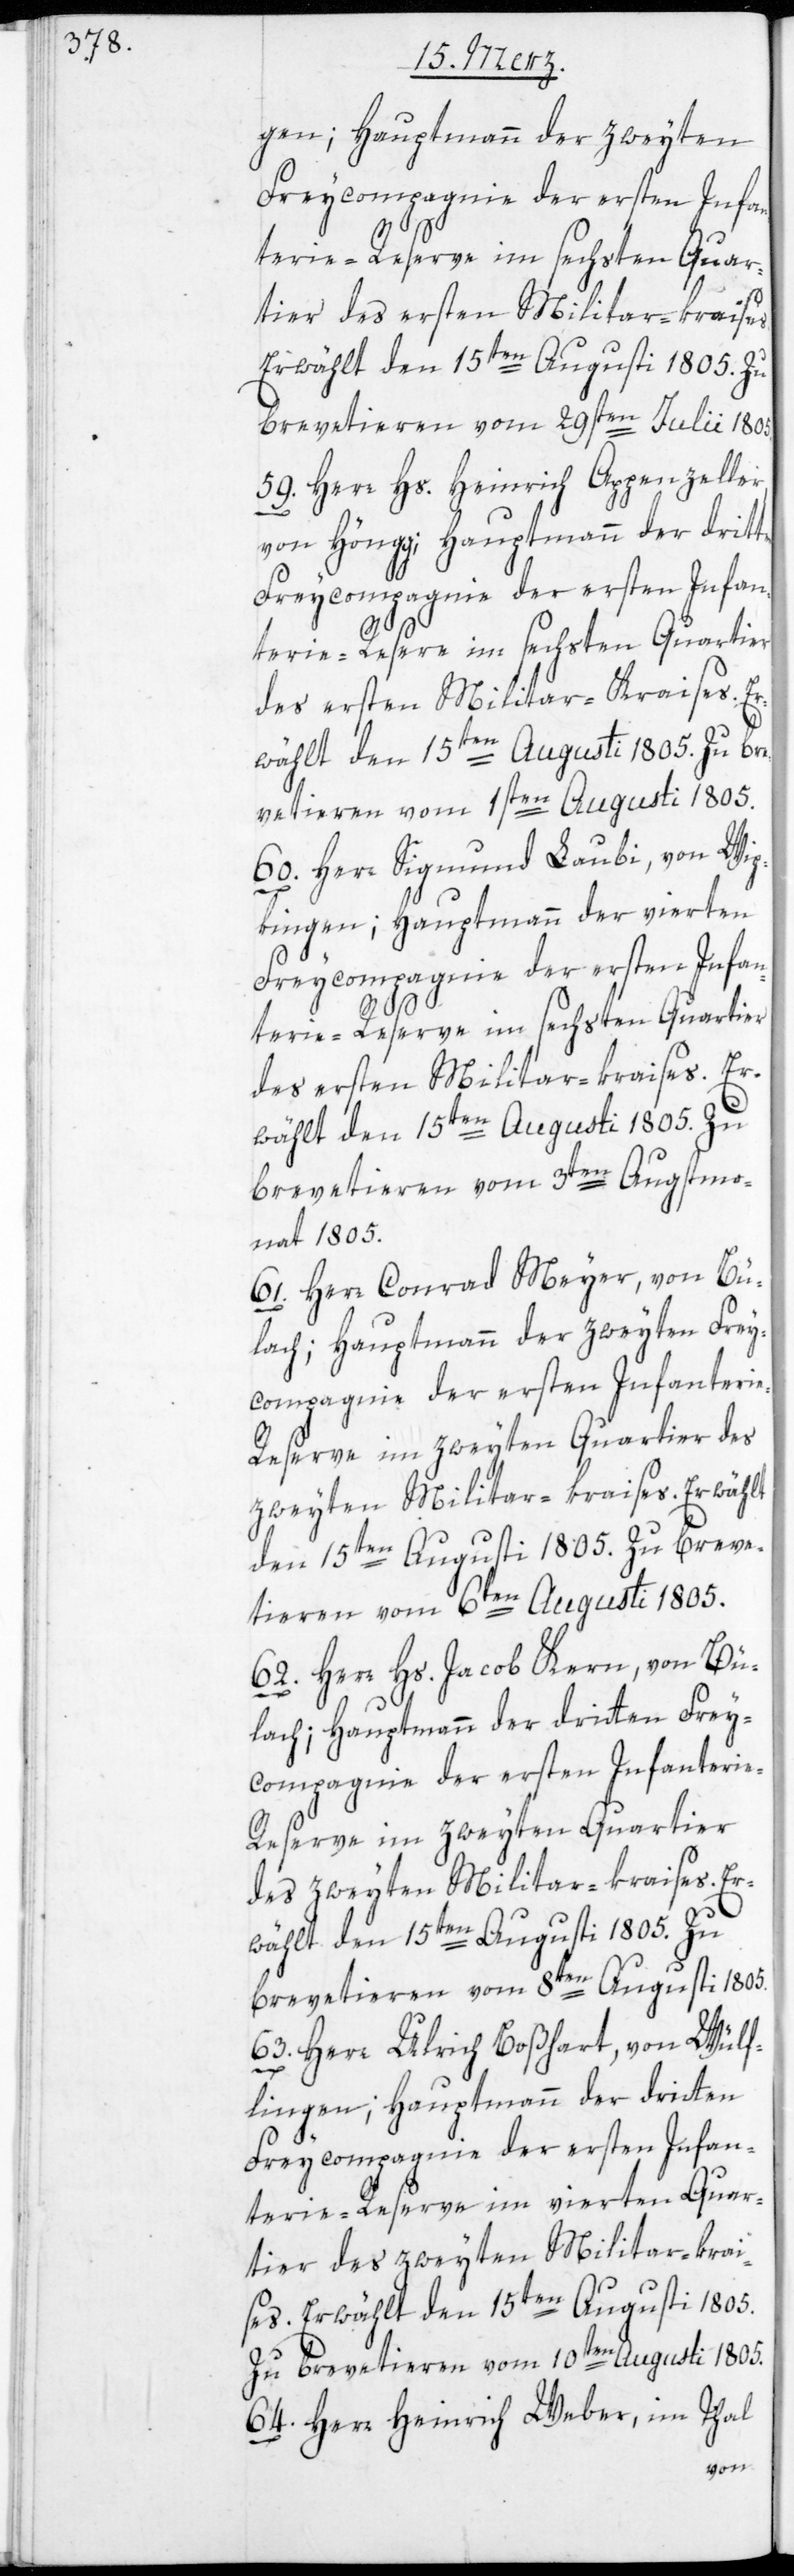
gen; Hauptmann der zweyten
Freycompagnie der ersten Infan¬
terie-Reserve im sechsten Quar¬
tier des ersten Militar-kraises.
Erwählt den 15ten Augusti 1805. Zu
brevetieren vom 29sten Julii 1805.
59. Herr Hs. Heinrich Appenzeller,
von Höngg; Hauptmann der dritt¬
60. Herr Sigmund Laubi, von Wip¬
kingen; Hauptmann der vierten
brevetieren vom 3ten Augstmo¬
nat 1805.
61. Herr Conrad Meyer, von Bü¬
lach; Hauptmann der zweyten Frey¬
compagnie der ersten Infanteri¬
62. Herr Hs. Jacob Kern, von Bü¬
lach; Hauptmann der dritten Frey¬
compagnie der ersten Infanterie-R¬
eserve im zweyten Quartier
des zweyten Militar-kraises. Er¬
wählt den 15ten Augusti 1805. Zu
brevetieren vom 8ten Augusti 1805.
63. Herr Ulrich Boßhart, von Wülf¬
en
lingen; Hauptmann der dritten
Freycompagnie der ersten Infan¬
terie-Reserve im vierten Quar¬
tier des zweyten Militar-krai¬
ses. Erwählt den 15ten Augusti 1805.
Zu brevetieren vom 10ten Augusti 1805.
64. Herr Heinrich Weber, im Thal